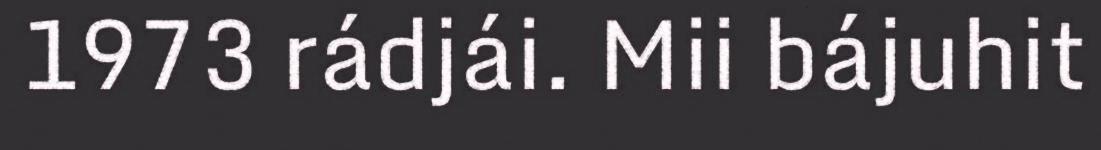
1973 rádjái. Mii bájuhit